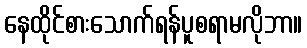
နေထိုင်စားသောက်ရန်ပူစရာမလိုဘာ။